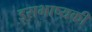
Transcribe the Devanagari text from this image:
इसभाष्यकी